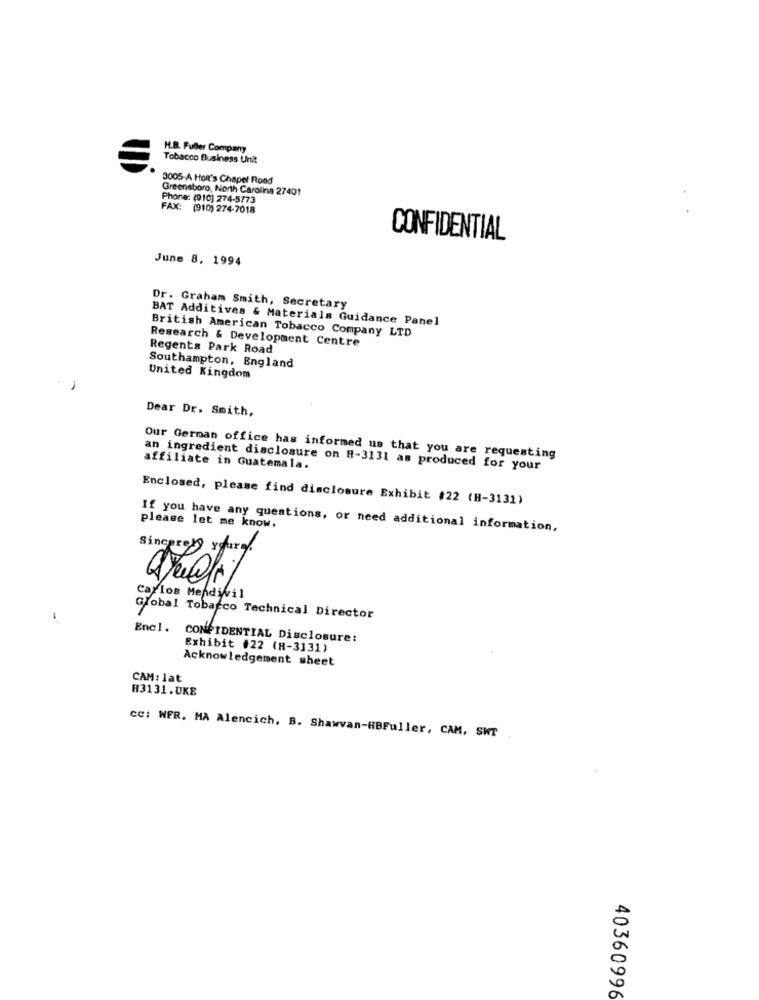
H.B. Fuller Company
Tobacco Business Unit
3005-A Holt's Chapel Rond
Greensboro, North Carolina 27401
Phone: (910) 274-5773
FAX: (910) 274-7018
CONFIDENTIAL
June 8, 1994
Dr. Graham Smith, Secretary
BAT Additives & Materials Guidance Panel
Research & Development Centre
British American Tobacco Company LTD
Regents Park Road
Southampton, England
United Kingdom
Dear Dr. Smith,
Our German office has informed us that you are requesting
an ingredient disclosure on H-3131 as produced for your
affiliate in Guatemala.
Enclosed, please find disclosure Exhibit #22 (H-3131)
please let me know.
If you have any questions, or need additional information,
Sincerely yours
Carlos Mendivil
-
Global Tobarco Technical Director
Encl. CONFIDENTIAL Disclosure:
Exhibit #22 (R-3131)
Acknowledgement sheet
CAM: lat
H3131.UKE
CC: WFR. MA Alencich, B. Shawvan-HBFuller, CAM, SWT
40360996